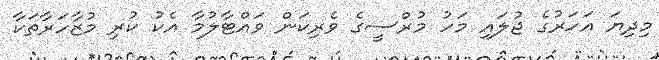
މިދިޔަ އަހަރުގެ ޖުލައި މަހު މުރްސީގެ ވެރިކަން ވައްޓާލުމާ އެކު ކުރި މުޒާހަރާތަކާ